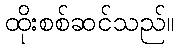
ထိုးစစ်ဆင်သည်။